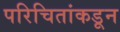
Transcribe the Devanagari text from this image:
परिचितांकडून